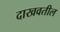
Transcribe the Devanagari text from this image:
दाखवतील